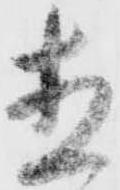
直